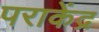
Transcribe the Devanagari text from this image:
पराकेंद्र